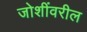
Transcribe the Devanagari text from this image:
जोशींवरील